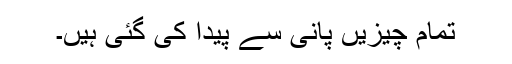
تمام چیزیں پانی سے پیدا کی گئی ہیں۔